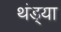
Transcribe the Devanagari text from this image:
थंड्या